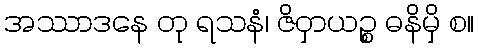
အဿာဒနေ တု ရသနံ၊ ဇိဝှာယဉ္စ ဓနိမှိ စ။